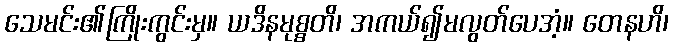
သေမင်း၏ကြိုးကွင်းမှ။ ယဒိနမုစ္စတိ၊ အကယ်၍မလွတ်ပေအံ့။ တေနဟိ၊